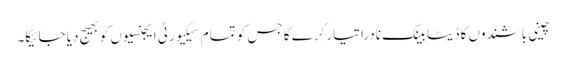
چینی باشندوں کا ڈیٹا بینک نادرا تیار کرے گا جس کو تمام سیکیورٹی ایجنسیوں کو بھیج دیا جائیگا۔